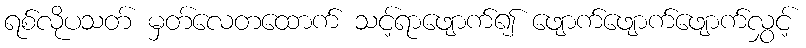
ရစ်လိုပသတ် မှတ်လေတထောက် သင့်ရာဖျောက်၍ ဖျောက်ဖျောက်ဖျောက်လွှင့်